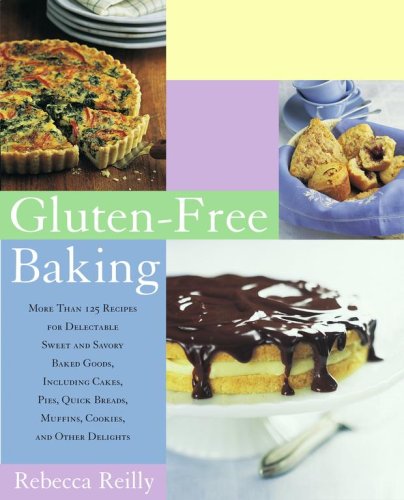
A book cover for Gluten-Free Baking: More Than 125 Recipes for Delectable Sweet and Savory Baked Goods, Including Cakes, Pies, Quick Breads, Muffins, Cookies, and Other Delights; Rebecca Reilly; Cookbooks, Food & Wine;